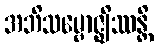
အဘိသမ္ဗောဇ္ဈိဿန္တိ